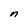
Character: n